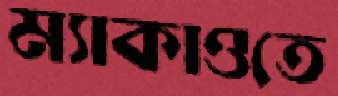
ম্যাকাওতে